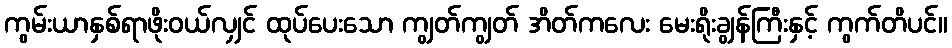
ကွမ်းယာနှစ်ရာဖိုးဝယ်လျှင် ထုပ်ပေးသော ကျွတ်ကျွတ် အိတ်ကလေး မေးရိုးချွန်ကြီးနှင့် ကွက်တိပင်။